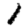
Digit: 1